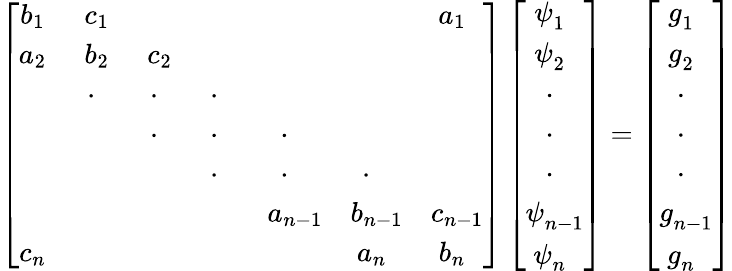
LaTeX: \left[\begin{array}{cccccccc}{b_{1~~}}&{c_{1~~}}&&&&&{a_{1~~}}\\ {a_{2~~}}&{b_{2~~}}&{c_{2~~}}&&&&\\ &{\cdot{~~~}}&{\cdot{~~~}}&{\cdot{~~~}}&&&\\ &&{\cdot{~~~}}&{\cdot{~~~}}&{\cdot{~~~}}&&\\ &&&{\cdot{~~~}}&{\cdot{~~~}}&{\cdot{~~~}}&\\ &&&&{a_{n-1}}&{b_{n-1}}&{c_{n-1}}\\ {c_{n~~}}&&&&&{a_{n~~}}&{b_{n~~}}\end{array}\right]\left[{\begin{array}{c}{\psi_{1~~}^{~}}\\ {\psi_{2~~}^{~}}\\ {~\cdot_{~~~}}\\ {~\cdot_{~~~}}\\ {~\cdot_{~~~}}\\ {\psi_{n-1}^{~}}\\ {\psi_{n~~}^{~}}\end{array}}\right]=\left[{\begin{array}{c}{g_{1~~}^{~}}\\ {g_{2~~}^{~}}\\ {~\cdot_{~~~}}\\ {~\cdot_{~~~}}\\ {~\cdot_{~~~}}\\ {g_{n-1}^{~}}\\ {g_{n~~}^{~}}\end{array}}\right]